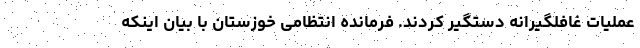
عملیات غافلگیرانه دستگیر کردند. فرمانده انتظامی خوزستان با بیان اینکه